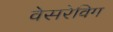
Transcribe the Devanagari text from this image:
वेसरेविग